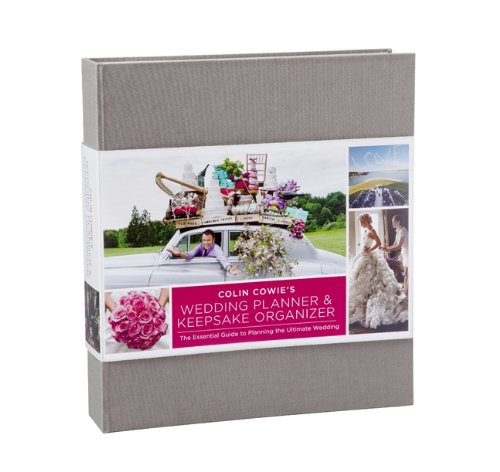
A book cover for Colin Cowie's Wedding Planner & Keepsake Organizer: The Essential Guide To Planning The Ultimate Wedding; Colin Cowie; Crafts, Hobbies & Home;